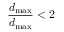
\frac { d _ { \operatorname* { m a x } } } { d _ { \operatorname* { m a x } } } < 2